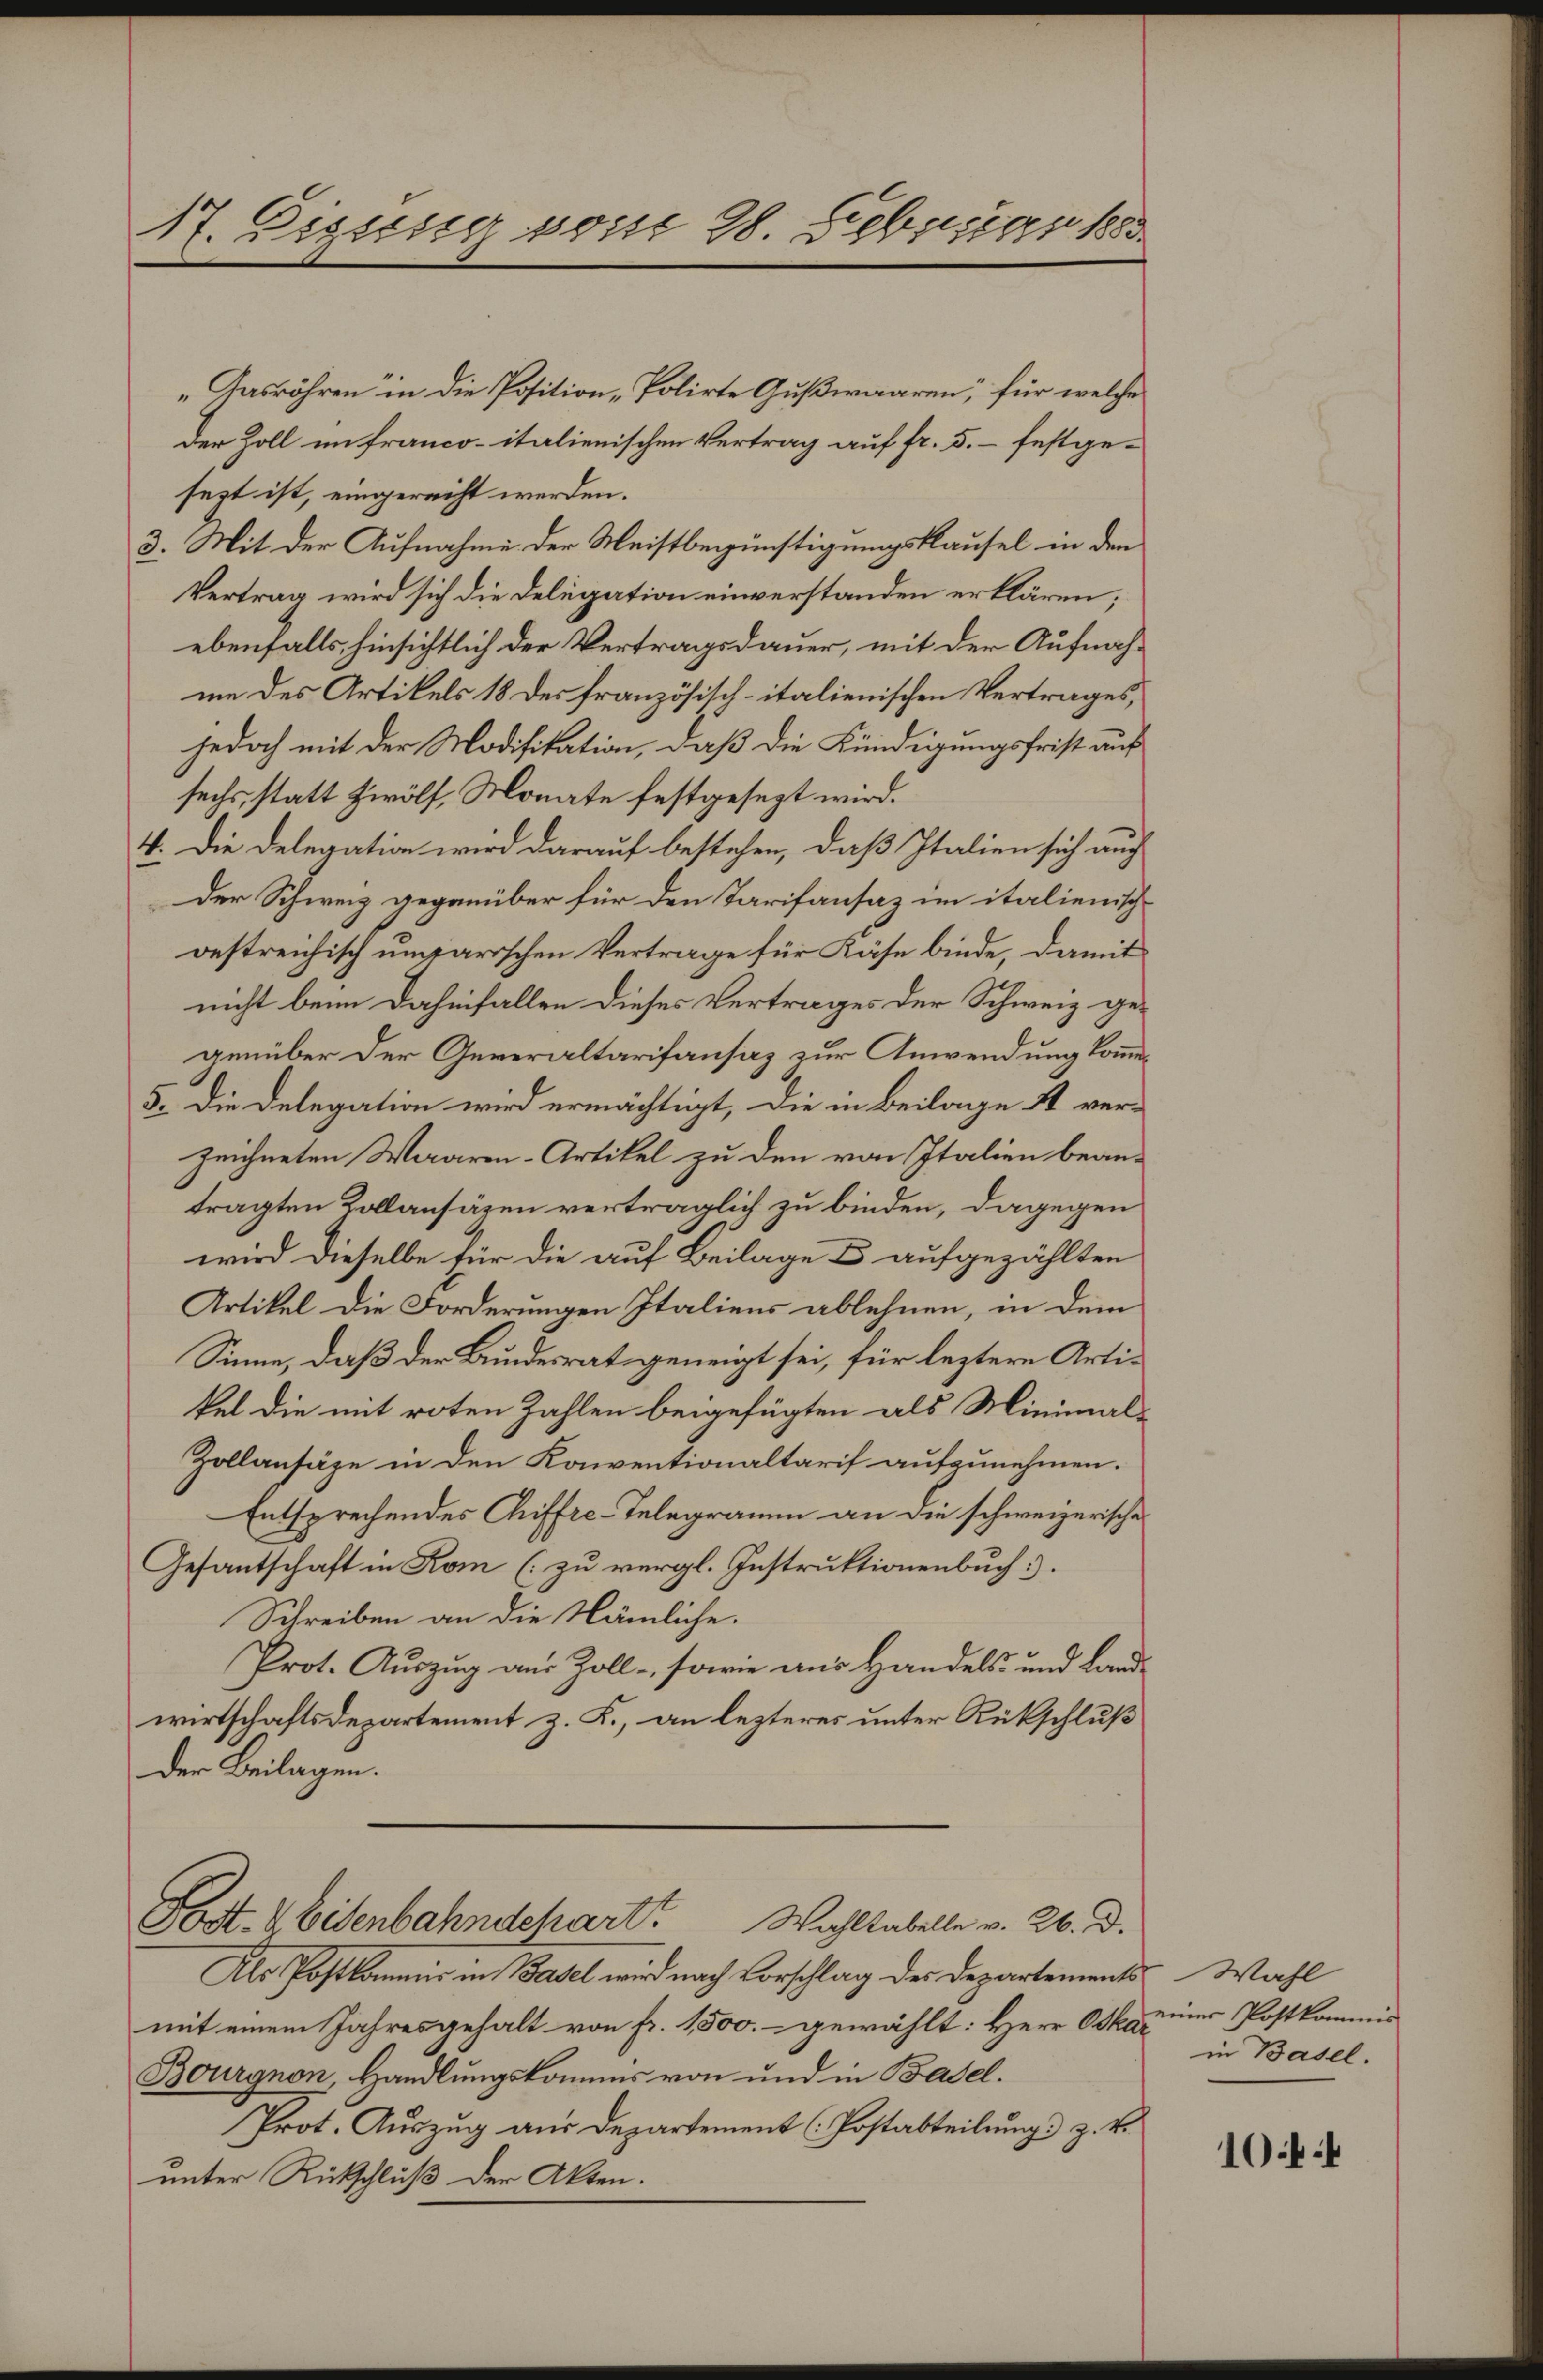
17. Disses vom 28. Februar 1888

„Dasröhren in die Position Polirte Gußwaaren, für welche
Der Zoll im franco-italienischen Vertrag auf fr. 5.- festgesezt ist, eingerecht werden.
3. Mit der Aufnahme der Meistbegünstigungsklausel in den
Vertrag wird sich die Delegation einverstanden erklären;
ebenfalls hinsichtlich der Vertragsdauer, mit der Aufnahme des Artikels 18 des französisch-italienischen Vertrages,
jedoch mit der Modifikation, daß die Kündigungsfrist aus
sechs, statt zwölf, Monate festgesezt wird.
4. Die Delegation wird darauf bestehen, daß Italien sich auch
Der Schweiz gegenüber für den Tarifansaz im italienische
oestreichisch umarischen Vertrage für Käse binde, damit
nicht beim Dahinfallen dieses Vertrages der Schweiz ge-
genüber der Generaltarifansaz zur Anwendung kommen¬
5. Die Delegation wird ermächtigt, die in Beilage A ver-
zeichneten Waaren-Artikel zu den von Italien bean-
tragten Kollansäzen vertraglich zu binden, dagegen
wird dieselbe für die auf Beilage & aufgezählten
Artikel die Forderungen Italiens ablehnen, in dem
Sinne, daß der Bundesrat geneigt sei, für leztere Artikel die mit roten Zahlen beigefügten als Minimal¬
Zollansäze in den Konventionaltarif aufzunehmen.
Entsprechendes Chiffre-Telegramm an die schweizerische
Gesantschaft in Kom (zu vergl. Instruktionenbuch.
Schreiben an die Nämliche.
Prot. Auszug aus Zoll - sowie aus Handels- und Landwirtschaftsdepartement z. K., an lezteres unter Rückschluß
Der Beilagen.

Post- & Eisenbahndchart. Wahltabelle v. 26. d.

Als Postkommis in Basel wird nach Vorschlag des Departements Wahl
mit einem Jahresgehalt von fr. 1500.- gewählt: Herr Otto einer Postkommis
Bourgnon, Handlungskommis von und in Basel.
Prot. Auszug aus Departement (Postabteilung z. B.
unter Rückschluß der Akten.

in Basel.

1044